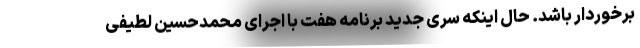
برخوردار باشد. حال اینکه سری جدید برنامه هفت با اجرای محمدحسین لطیفی